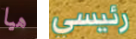
هيا رئيسي